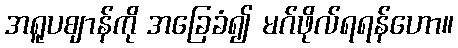
အရူပဈာန်ကို အခြေခံ၍ မဂ်ဖိုလ်ရရန်ဟော။